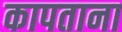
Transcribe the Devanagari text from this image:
कापताना